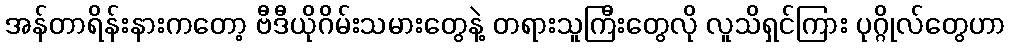
အန်တာရိန်းနားကတော့ ဗီဒီယိုဂိမ်းသမားတွေနဲ့ တရားသူကြီးတွေလို လူသိရှင်ကြား ပုဂ္ဂိုလ်တွေဟာ